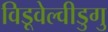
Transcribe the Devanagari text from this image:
विडूवेल्वीडुगु